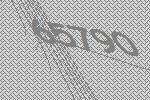
65790